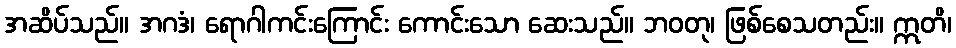
အဆိပ်သည်။ အဂဒံ၊ ရောဂါကင်းကြောင်း ကောင်းသော ဆေးသည်။ ဘဝတု၊ ဖြစ်စေသတည်း။ ဣတိ၊